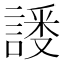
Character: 𬢸